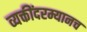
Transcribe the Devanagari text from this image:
व्यक्तींदरम्यानच